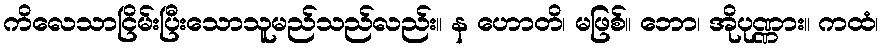
ကိလေသာငြိမ်းပြီးသောသူမည်သည်လည်း။ န ဟောတိ၊ မဖြစ်။ ဘော၊ အိုပုဏ္ဏား။ ကထံ၊